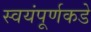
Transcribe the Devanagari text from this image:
स्वयंपूर्णकडे